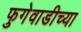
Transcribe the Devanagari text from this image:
फुगेवाडीच्या